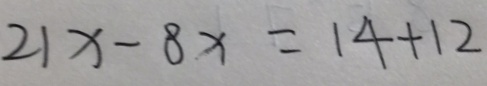
2 1 x - 8 x = 1 4 + 1 2